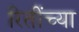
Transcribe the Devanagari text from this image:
रितींच्या